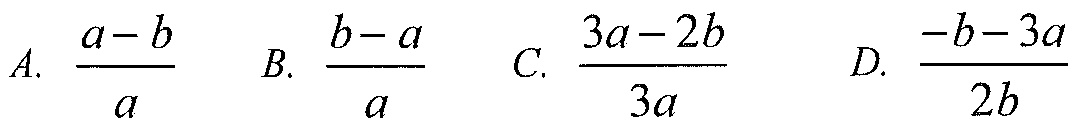
A. $\frac{a - b}{a}$  B. $\frac{b - a}{a}$  C. $\frac{3a - 2b}{3a}$  D. $\frac{-b - 3a}{2b}$